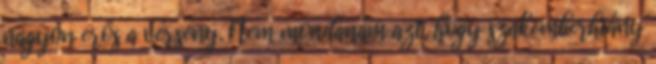
nagyon erős a verseny. Nem mondanám azt, hogy szakemberhiány